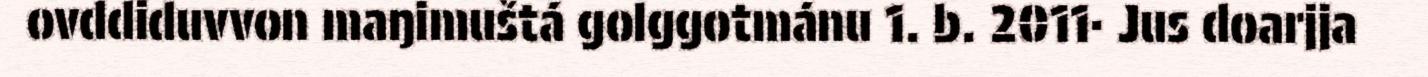
ovddiduvvon maŋimuštá golggotmánu 1. b. 2011· Jus doarjja